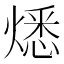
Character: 𤎕